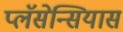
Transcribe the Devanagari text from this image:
प्लॅसेन्सियास